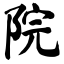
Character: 院